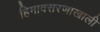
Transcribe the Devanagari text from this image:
हिमावसरणाखाली